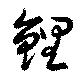
鯉